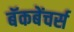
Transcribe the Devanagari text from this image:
बॅकबेंचर्स